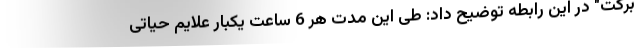
برکت" در این رابطه توضیح داد: طی این مدت هر 6 ساعت یکبار علایم حیاتی